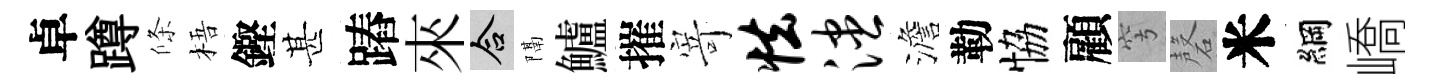
卓蹲條梧鏗甚蹖來合隔鱸摧𭔃怯漶澹勒恊顧穹磬米綱嶠